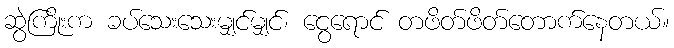
ဆွဲကြိုးက ခပ်သေးသေးမျှင်မျှင်၊ ငွေရောင် တဖိတ်ဖိတ်တောက်နေတယ်။